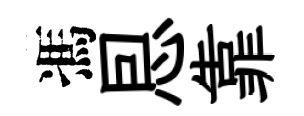
馮㤙靠